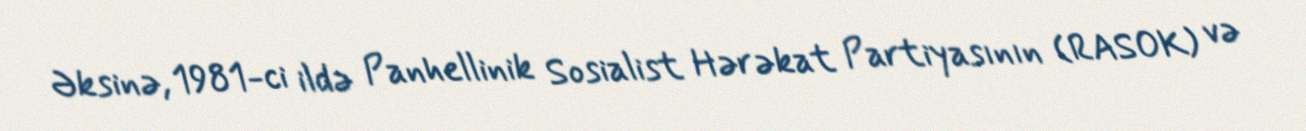
Əksinə, 1981-ci ildə Panhellinik Sosialist Hərəkat Partiyasının (RASOK) və